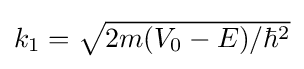
{\textstyle k_{1}={\sqrt {2m(V_{0}-E)/\hbar ^{2}}}}